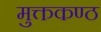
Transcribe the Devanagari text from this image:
मुक्तकण्ठ